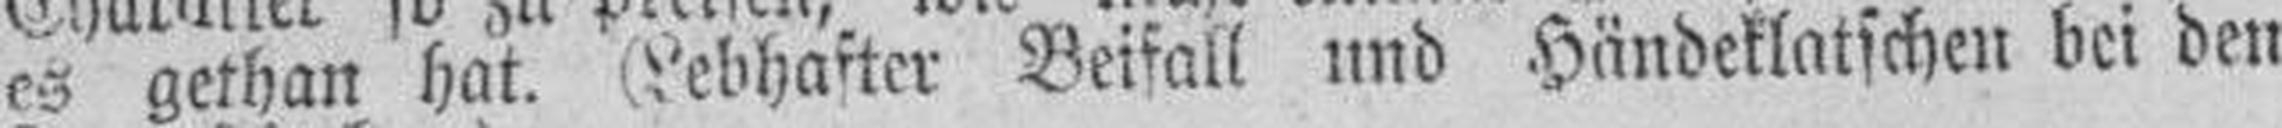
es gethan hat. (Lebhafter Beifall und Händeklatschen bei den